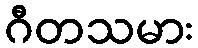
ဂီတသမား